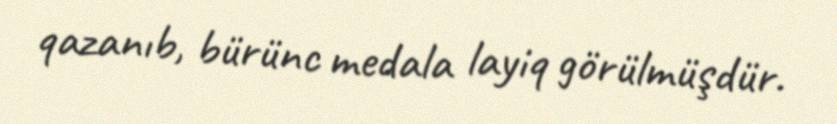
qazanıb, bürünc medala layiq görülmüşdür.